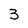
Character: 3